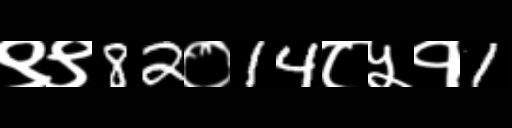
Text: ९९82०14८५१1